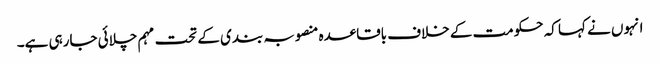
انہوں نے کہا کہ حکومت کے خلاف باقاعدہ منصوبہ بندی کے تحت مہم چلائی جارہی ہے۔